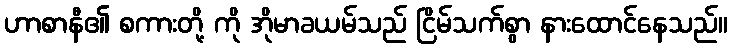
ဟာစာနီ၏ စကားတို့ ကို အိုမာခယမ်သည် ငြိမ်သက်စွာ နားထောင်နေသည်။